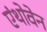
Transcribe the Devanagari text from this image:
एंथोवेन